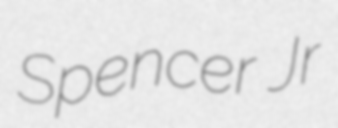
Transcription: Spencer Jr